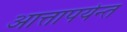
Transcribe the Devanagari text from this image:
आत्तापर्यन्त